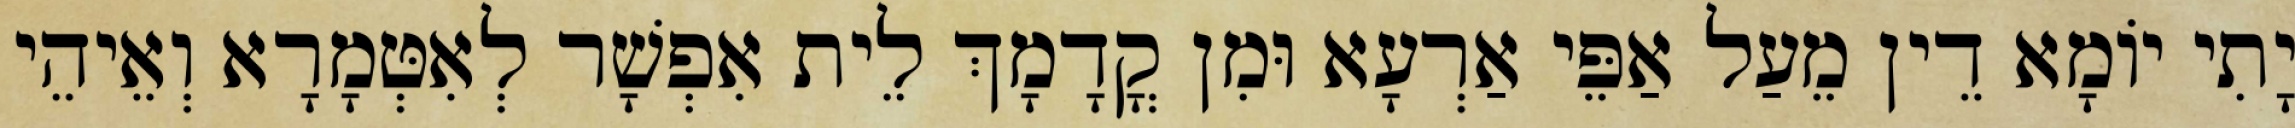
יָתִי יוֹמָא דֵין מֵעַל אַפֵּי אַרְעָא וּמִן קֳדָמָךְ לֵית אִפְשָׁר לְאִטְּמָרָא וְאֵיהֵי